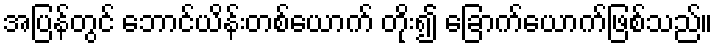
အပြန်တွင် ဘောင်ယိန်းတစ်ယောက် တိုး၍ ခြောက်ယောက်ဖြစ်သည်။